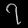
Digit: ၇